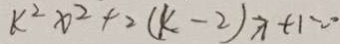
k ^ { 2 } x ^ { 2 } + 2 ( k - 2 ) x + 1 = \because